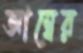
আম্বের